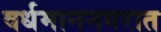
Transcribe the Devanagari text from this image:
वर्धमाननगरात